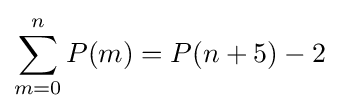
\sum _{m=0}^{n}P(m)=P(n+5)-2